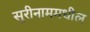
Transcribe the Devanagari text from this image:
सुरीनाममधील